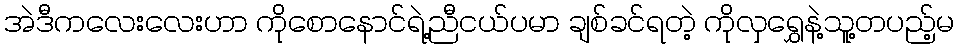
အဲဒီကလေးလေးဟာ ကိုစောနောင်ရဲ့ညီငယ်ပမာ ချစ်ခင်ရတဲ့ ကိုလှရွှေနဲ့သူ့တပည့်မ